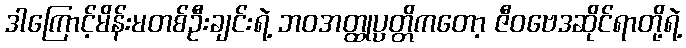
ဒါကြောင့်မိန်းမတစ်ဦးချင်းရဲ့ ဘဝအတ္ထုပ္ပတ္တိကတော့ ဇီဝဗေဒဆိုင်ရာတို့ရဲ့